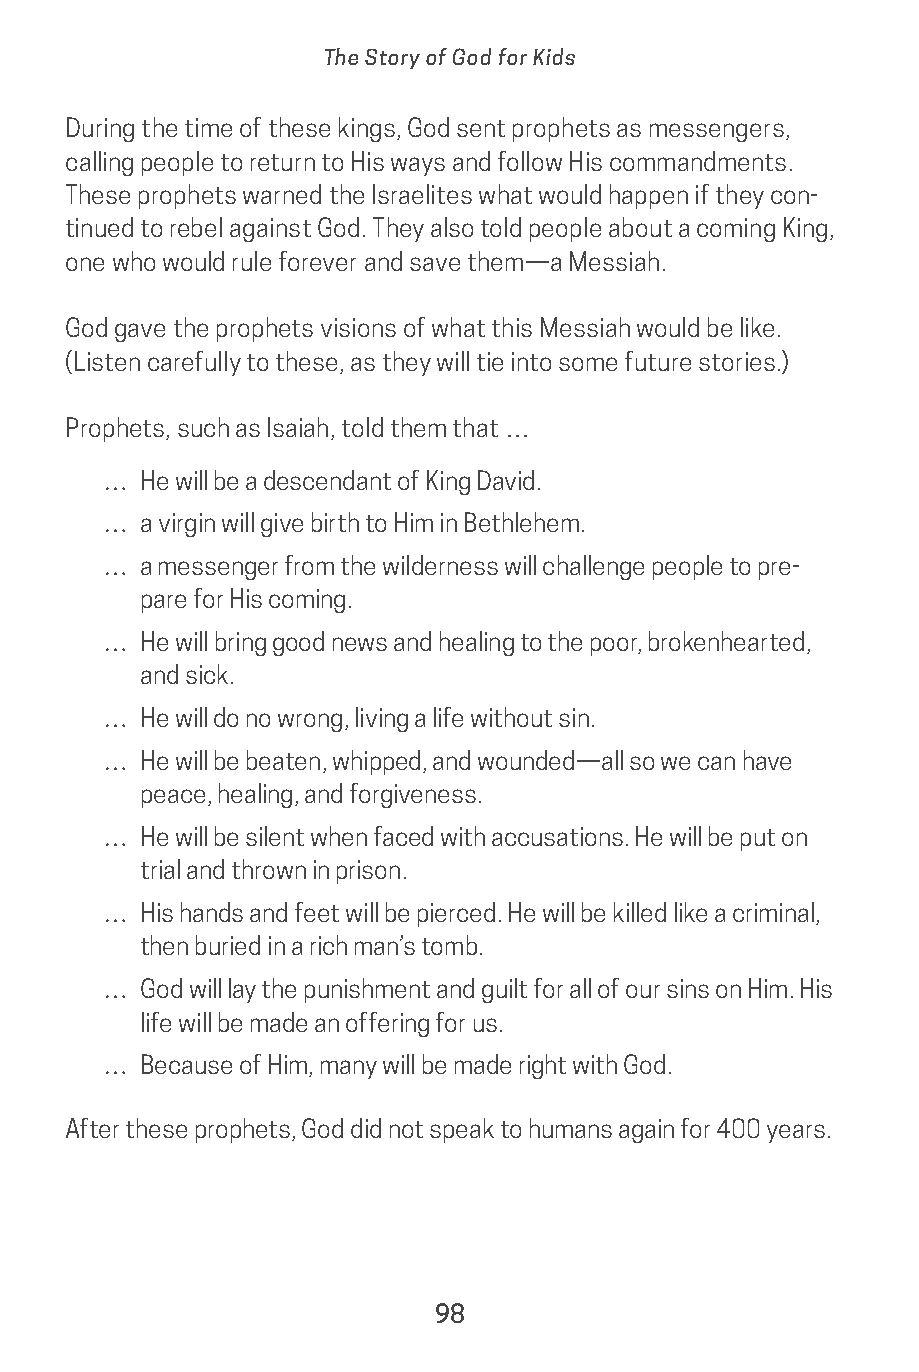
The Story of God for Kids
 During the time of these kings, God sent prophets as messengers,
 calling people to return to His ways and follow His commandments.
 These prophets warned the Israelites what would happen if they con-
 tinued to rebel against God. They also told people about a coming King,
 one who would rule forever and save them—a Messiah.
 God gave the prophets visions of what this Messiah would be like.
 (Listen carefully to these, as they will tie into some future stories.)
 Prophets, such as Isaiah, told them that …
 …  He will be a descendant of King David.
 …  a virgin will give birth to Him in Bethlehem.
 …  a messenger from the wilderness will challenge people to pre-
 pare for His coming.
 …  He will bring good news and healing to the poor, brokenhearted,
 and sick.
 …  He will do no wrong, living a life without sin.
 …  He will be beaten, whipped, and wounded—all so we can have
 peace, healing, and forgiveness.
 …  He will be silent when faced with accusations. He will be put on
 trial and thrown in prison.
 …  His hands and feet will be pierced. He will be killed like a criminal,
 then buried in a rich man’s tomb.
 …  God will lay the punishment and guilt for all of our sins on Him. His
 life will be made an offering for us.
 …  Because of Him, many will be made right with God.
 After these prophets, God did not speak to humans again for 400 years.
 98
 saturate-story_of_god_kids-2.indd 98              8/10/17 10:11 PM